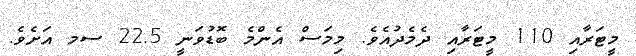
މީޓަރާއި 110 މީޓަރާއި ދެމެދުއެވެ. މިމަސް އެންމެ ބޮޑުވަނީ 22.5 ސމ އަށެވެ.